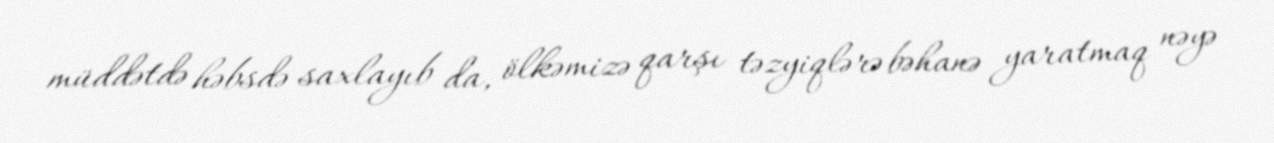
müddətdə həbsdə saxlayıb da, ölkəmizə qarşı təzyiqlərə bəhanə yaratmaq nəyə